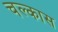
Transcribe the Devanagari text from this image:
चल्कास